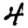
Digit: 4